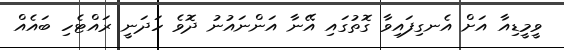
ވީމީޑިއާ އަށް އެނގިފައިވާ ގޮތުގައި އޭނާ އަންނައުނު ދޮވެ ހަދަނީ ރައްޓެހި ބައެއް